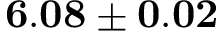
{ \bf 6 . 0 8 \pm 0 . 0 2 }